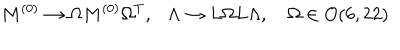
LaTeX: M ^ { ( 0 ) } \to \Omega M ^ { ( 0 ) } \Omega ^ { T } , \ \ \ \Lambda \to L \Omega L \Lambda , \Omega \in O ( 6 , 2 2 )